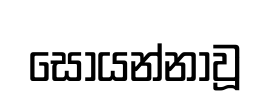
සොයන්නාවූ